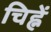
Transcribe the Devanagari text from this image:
चिह्नें